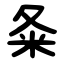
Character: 夈